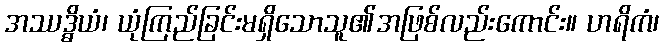
အဿဒ္ဓိယံ၊ ယုံကြည်ခြင်းမရှိသောသူ၏အဖြစ်လည်းကောင်း။ ဟရိကံ၊